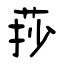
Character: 莏